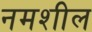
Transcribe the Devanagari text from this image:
नमशील